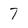
Character: 7